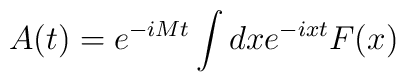
A(t)=e^{-iMt}\int {dxe^{-ixt}F(x)}